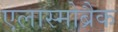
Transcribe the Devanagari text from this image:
एलास्मोब्रैक